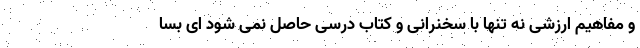
و مفاهیم ارزشی نه تنها با سخنرانی و کتاب درسی حاصل نمی شود ای بسا